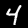
Digit: 4